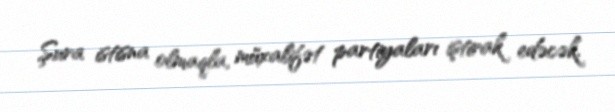
Şura istisna olmaqla, müxalifət partiyaları iştirak edəcək.